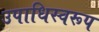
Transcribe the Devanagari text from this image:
उपाधिस्वरूप